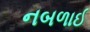
નબળાઈ